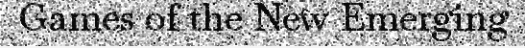
Games of the New Emerging